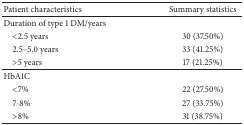
| Patient characteristics | Summary statistics |
 | --- | --- |
 | Duration of type 1 DM/years |  |
 | <2.5 years | 30 (37.50%) |
 | 2.5–5.0 years | 33 (41.25%) |
 | >5 years | 17 (21.25%) |
 | HbA1C |  |
 | <7% | 22 (27.50%) |
 | 7-8% | 27 (33.75%) |
 | >8% | 31 (38.75%) |